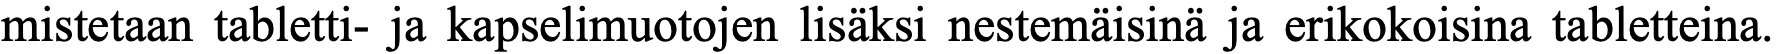
mistetaan tabletti- ja kapselimuotojen lisäksi nestemäisinä ja erikokoisina tabletteina.